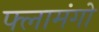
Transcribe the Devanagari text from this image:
फ्लामंगो